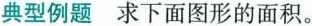
典型例题求下面图形的面积。